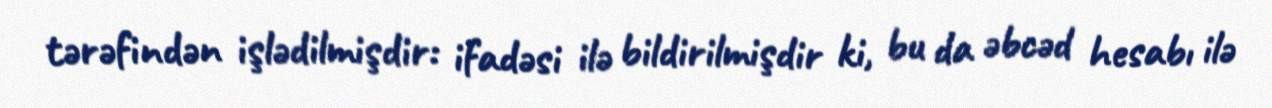
tərəfindən işlədilmişdir: ifadəsi ilə bildirilmişdir ki, bu da əbcəd hesabı ilə